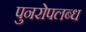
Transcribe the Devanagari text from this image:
पुनरोपलब्ध